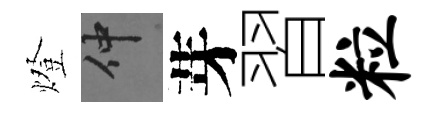
燈仲芽習粒